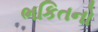
ભકિતનો